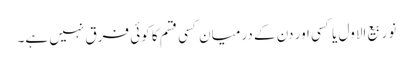
نو ربیع الاول یا کسی اور دن کے درمیان کسی قسم کا کوئی فرق نہیں ہے۔